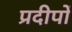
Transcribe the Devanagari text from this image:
प्रदीपों